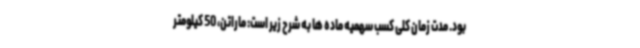
بود. مدت زمان کلی کسب سهمیه ماده ها به شرح زیر است: ماراتن، 50 کیلومتر